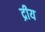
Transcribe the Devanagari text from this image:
द्रीय